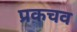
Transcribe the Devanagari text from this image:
प्रकचव